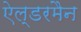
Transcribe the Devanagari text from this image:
ऐल्डरमैन